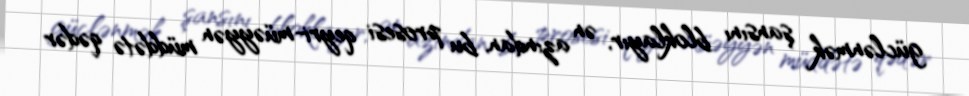
güclənmək şansını bloklayır, ən azından, bu prosesi qeyri-müəyyən müddətə qədər